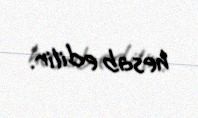
hesab edilir.